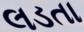
લડતા